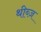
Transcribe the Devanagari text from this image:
थीब्ज़